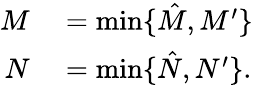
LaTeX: \begin{array}{rl}{M}&{{}=\mathrm{min}\{ \hat{M},M^{\prime}\} }\\ {N}&{{}=\mathrm{min}\{ \hat{N},N^{\prime}\} .}\end{array}